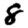
Digit: 8